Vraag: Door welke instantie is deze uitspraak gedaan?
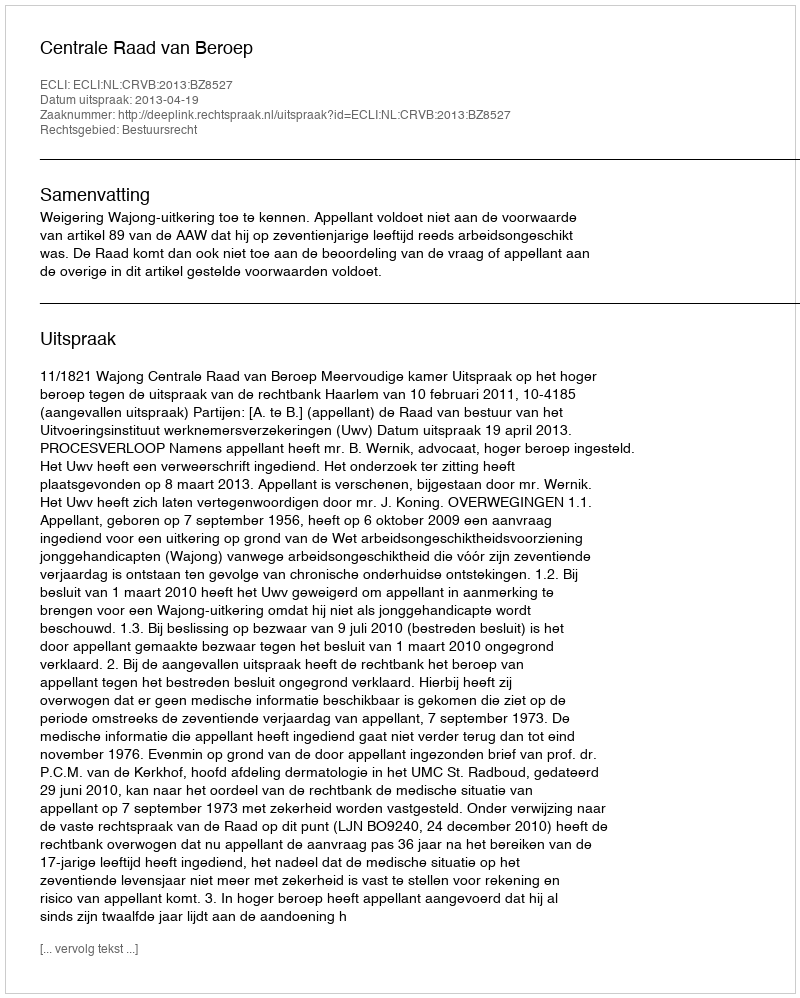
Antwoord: Centrale Raad van Beroep